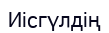
Иісгүлдің